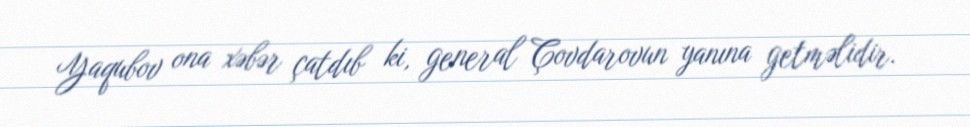
Yaqubov ona xəbər çatdıb ki, general Çovdarovun yanına getməlidir.